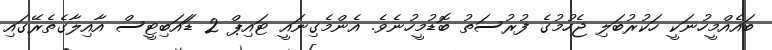
ބައެއްމީހުނަކީ ހަކުރުބަލި ޖެހުމުގެ ފުރުސަތު ބޮޑުމީހުނެވެ. އެންމެގިނައީ ޓައިޕް 2 ޑަައަބިޓީސް އާއިލާގެތެރޭގައި